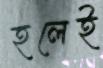
হলেই